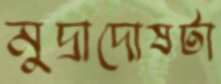
মুদ্রাদোষটা